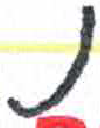
אות: נ